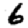
Digit: 6